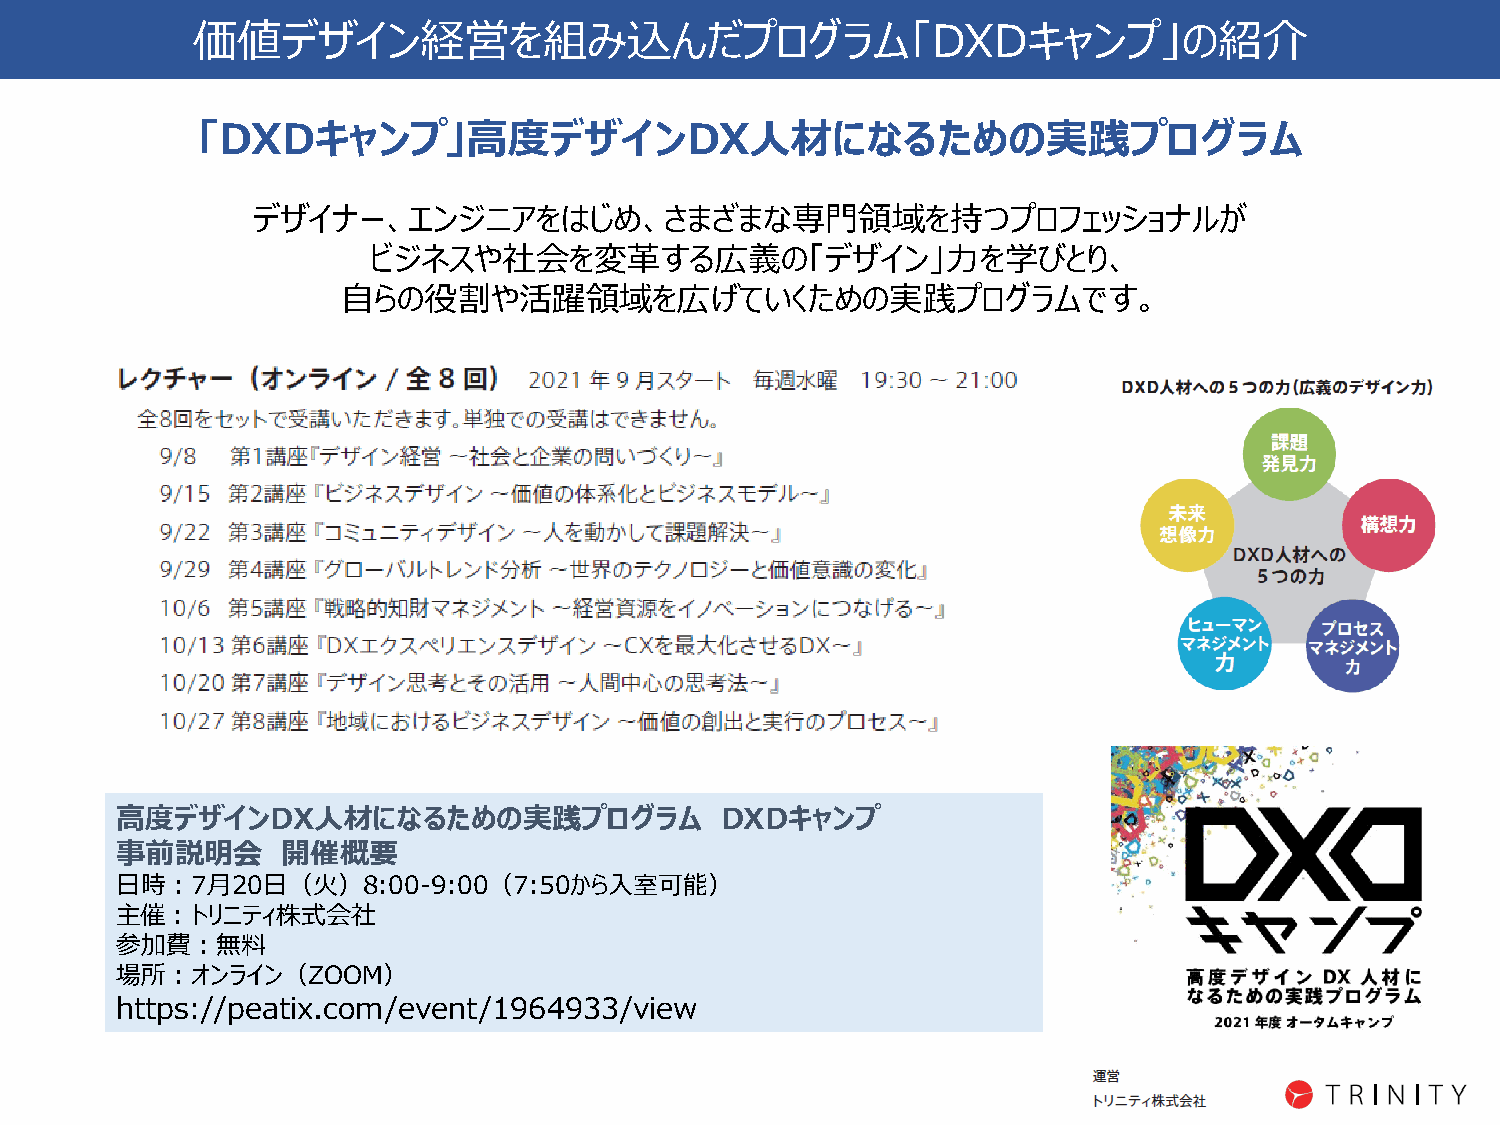
価値デザイン経営を組み込んだプログラム「DXDキャンプ」の紹介
 「DXDキャンプ」高度デザインDX人材になるための実践プログラム
 デザイナー、エンジニアをはじめ、さまざまな専門領域を持つプロフェッショナルが
 ビジネスや社会を変革する広義の「デザイン」力を学びとり、
 自らの役割や活躍領域を広げていくための実践プログラムです。
 高度デザインDX人材になるための実践プログラム                 DXDキャンプ
 事前説明会      開催概要
 日時：7月20日（火）8:00-9:00（7:50から入室可能）
 主催：トリニティ株式会社
 参加費：無料
 場所：オンライン（ZOOM）
 https://peatix.com/event/1964933/view